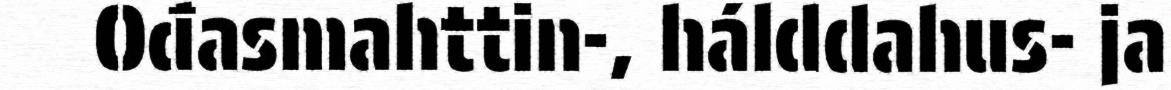
Ođasmahttin-, hálddahus- ja